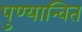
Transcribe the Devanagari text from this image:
पुण्यान्वित